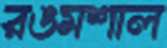
রঙমশাল